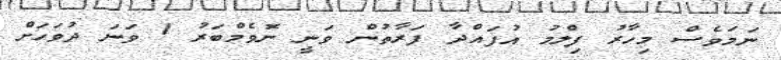
ނަމަވެސް މިހާރު ފިލްމު އުފައްދާ ފަރާތުން ވަނީ ނޮވެމްބަރު 1 ވަނަ ދުވަހަށް